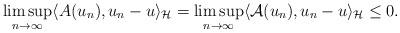
LaTeX: \begin{align*}\limsup_{n\to\infty} \langle A(u_n),u_n-u\rangle_{\mathcal{H}}=\limsup_{n\to \infty} \langle \mathcal{A}(u_n),u_n-u\rangle_{\mathcal{H}}\leq 0. \end{align*}